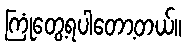
ကြုံတွေ့ရပါတော့တယ်။